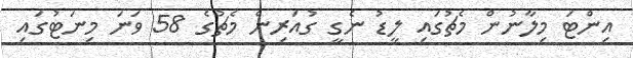
އިންޓަ މިލާނުން މެޗުގައި ލީޑު ނެގީ ގުއަރިން މެޗުގެ 58 ވަނަ މިނަޓުގައި